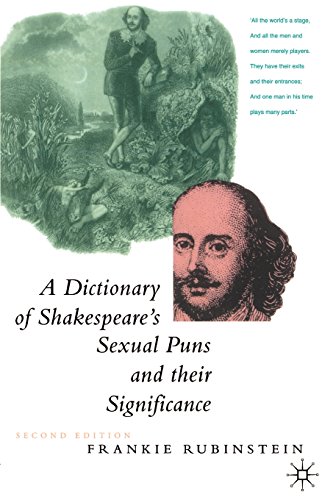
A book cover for A Dictionary of Shakespeare's Sexual Puns and Their Significance; Frankie Rubinstein; Humor & Entertainment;